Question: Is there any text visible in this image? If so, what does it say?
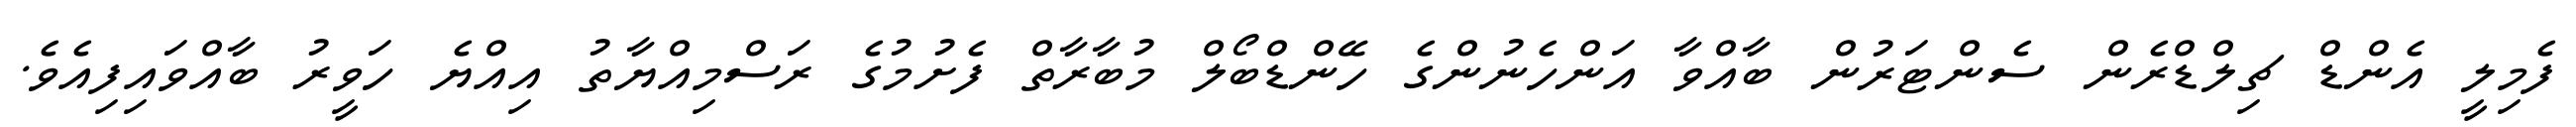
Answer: ފެމިލީ އެންޑް ޗިލްޑްރެން ސެންޓަރުން ބާއްވާ އަންހެނުންގެ ހޭންޑްބޯލް މުބާރާތް ފެށުމުގެ ރަސްމިއްޔާތު އިއްޔެ ހަވީރު ބާއްވައިފިއެވެ.